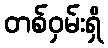
တစ်ဝှမ်းရှိ